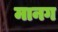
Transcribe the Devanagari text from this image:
मानग